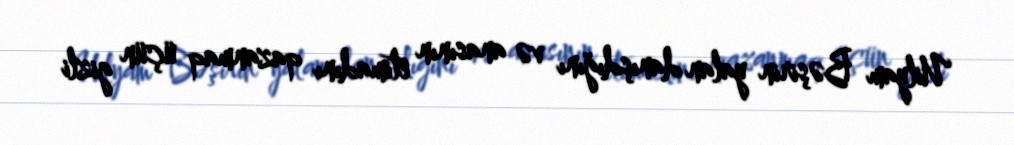
Uilyam Bəşirin yalan danışdığını və anasının etimadını qazanmaq üçün gizli